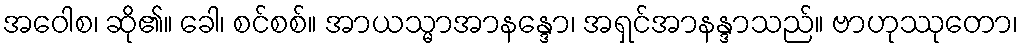
အဝေါစ၊ ဆို၏။ ခေါ၊ စင်စစ်။ အာယသ္မာအာနန္ဒော၊ အရှင်အာနန္ဒာသည်။ ဗာဟုဿုတော၊